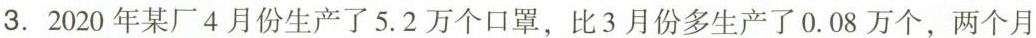
3.2020年某厂4月份生产了5.2万个口罩，比3月份多生产了0.08万个，两个月